Annual administration report of the Civil Veterinary Department, Sind - 1939-1940
Year: 1939
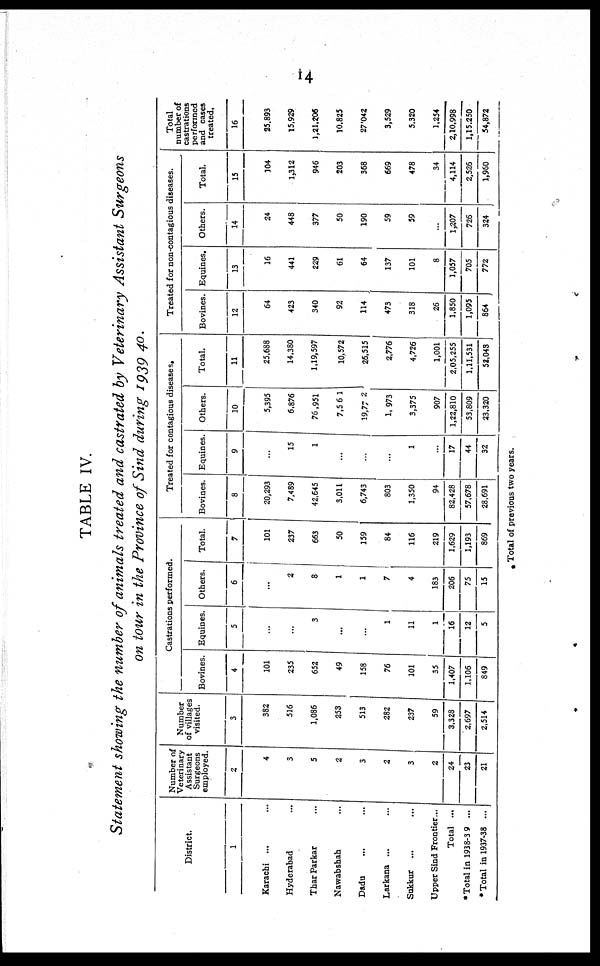
14
TABLE IV.
Statement showing the number of animals treated and castrated by Veterinary Assistant Surgeons
on tour in the Province of Sind during 1939-40.
District.
1
Karachi ... ...
Hyderabad ...
Thar Parkar ...
Nawabshah ...
Dadu ... ...
Larkana ... ...
Sukkur ... ...
Upper Sind Frontier...
Total ...
*Total in 1938-39 ...
*Total in 1937-38 ...
Number of
Veterinary
Assistant
Surgeons
employed.
2
4
3
5
2
3
2
3
2
24
23
21
Number
of villages
visited.
3
382
516
1,086
253
513
282
237
59
3,328
2,697
2,514
Castrations performed.
Bovines.
4
101
235
652
49
158
76
101
35
1,407
1,106
849
Equines.
5
...
...
3
...
...
1
11
1
16
12
5
Others.
6
...
2
8
1
1
7
4
183
206
75
15
Total.
7
101
237
663
50
159
84
116
219
1,629
1,193
869
Treated for contagious diseases.
Bovines.
8
20,293
7,489
42,645
3,011
6,743
803
1,350
94
82,428
57,678
28,691
Equines.
9
...
15
1
...
...
...
1
...
17
44
32
Others.
10
5,395
6,876
76,951
7,561
19,772
1,973
3,375
907
1,22,810
53,809
23,320
Total.
11
25,688
14,380
1,19,597
10,572
25,515
2,776
4,726
1,001
2,05,255
1,11,531
53,043
Treated for non-contagious diseases.
Bovines.
12
64
423
340
92
114
473
318
26
1,850
1,095
864
Equines.
13
16
441
229
61
64
137
101
8
1,057
705
772
Others.
14
24
448
377
50
190
59
59
...
1,207
726
324
Total.
15
104
1,312
946
203
368
669
478
34
4,114
2,526
1,960
Total
number of
castrations
performed
and cases
treated.
16
25,893
15,929
1,21,206
10,825
27,042
3,529
5,320
1,254
2,10,998
1,15,250
54,872
* Total of previous two years.